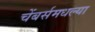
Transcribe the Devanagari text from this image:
चेंबर्समधल्या